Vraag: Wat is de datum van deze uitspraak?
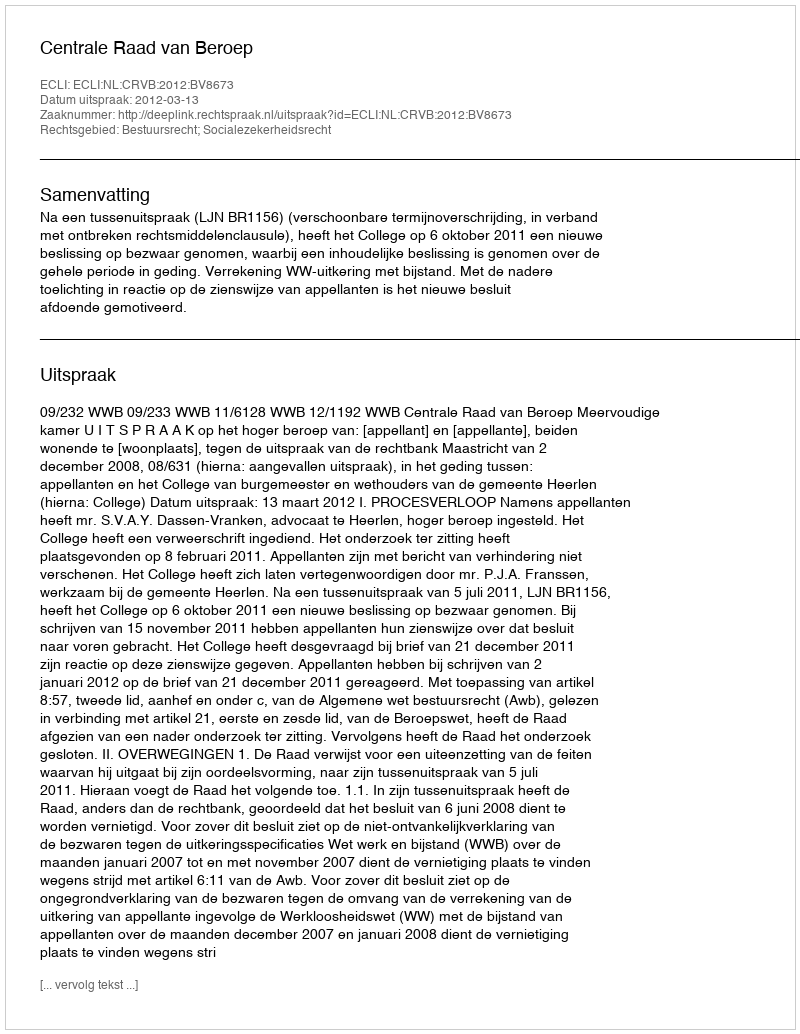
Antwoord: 2012-03-13